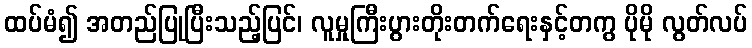
ထပ်မံ၍ အတည်ပြုပြီးသည့်ပြင်၊ လူမှုကြီးပွားတိုးတက်ရေးနှင့်တကွ ပိုမို လွတ်လပ်